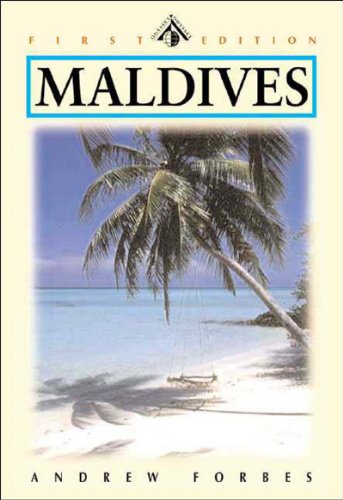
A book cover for Maldives: Kingdom of a Thousand Isles, First Edition (Odyssey Illustrated Guide); Andrew Forbes; Travel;